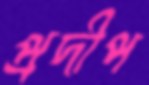
প্রদীপ